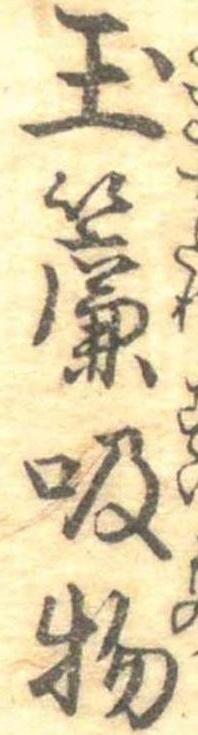
玉簾吸物